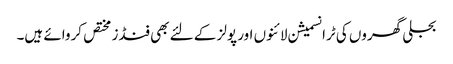
بجلی گھروں کی ٹرانسمیشن لائنوں اور پولز کے لئے بھی فنڈز مختص کروائے ہیں۔